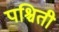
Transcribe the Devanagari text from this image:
पश्चिती